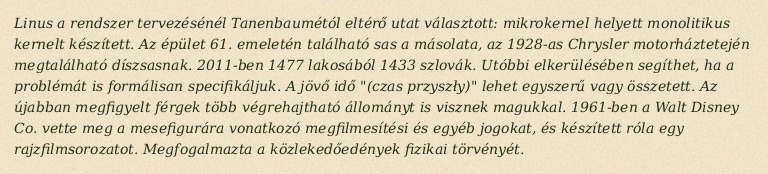
Linus a rendszer tervezésénél Tanenbaumétól eltérő utat választott: mikrokernel helyett monolitikus kernelt készített. Az épület 61. emeletén található sas a másolata, az 1928-as Chrysler motorháztetején megtalálható díszsasnak. 2011-ben 1477 lakosából 1433 szlovák. Utóbbi elkerülésében segíthet, ha a problémát is formálisan specifikáljuk. A jövő idő "(czas przyszły)" lehet egyszerű vagy összetett. Az újabban megfigyelt férgek több végrehajtható állományt is visznek magukkal. 1961-ben a Walt Disney Co. vette meg a mesefigurára vonatkozó megfilmesítési és egyéb jogokat, és készített róla egy rajzfilmsorozatot. Megfogalmazta a közlekedőedények fizikai törvényét.